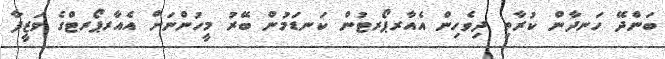
ބަންދޭ ހަނދާން ކުރާތި ދިވެހިން އެއާރޕޯރޓުން ކަނޑަމުން ބޭރު މީހުންނަށް އެއާރޕޯރޓްގެ ވަޒީފާ